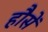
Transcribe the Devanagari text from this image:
हौसें